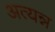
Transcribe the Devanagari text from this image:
अत्यन्न